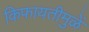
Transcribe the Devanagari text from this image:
किफायतीमुळें